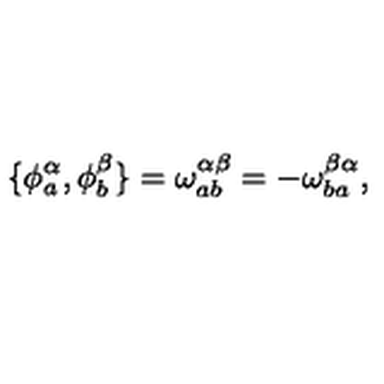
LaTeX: \{ \phi _ { a } ^ { \alpha } , \phi _ { b } ^ { \beta } \} = \omega _ { a b } ^ { \alpha \beta } = - \omega _ { b a } ^ { \beta \alpha } ,